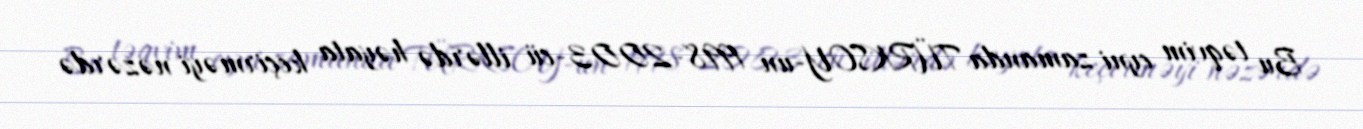
Bu təqvim eyni zamanda TÜRKSOY-un 1998-2003-cü illərdə həyata keçirməyi nəzərdə